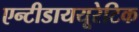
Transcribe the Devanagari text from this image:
एन्टीडाययूरेटिक